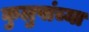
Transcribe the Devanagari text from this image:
कुलुपांच्या